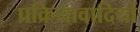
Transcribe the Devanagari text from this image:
प्रक्रियावादियों